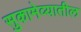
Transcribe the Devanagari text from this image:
सुकामेव्यातील